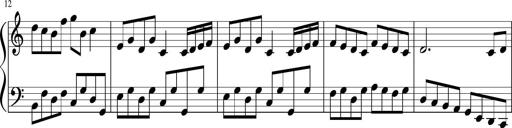
Title: Sonatine Nr.1 in C-Dur
Composer: DÃ©sirÃ©e Manns
Key: C major